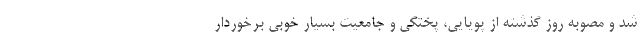
شد و مصوبه روز گذشته از پویایی، پختگی و جامعیت بسیار خوبی برخوردار